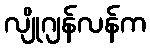
လျိုဂျန်လန်က